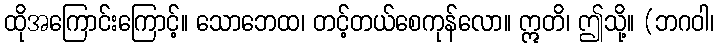
ထိုအကြောင်းကြောင့်။ သောဘေထ၊ တင့်တယ်စေကုန်လော။ ဣတိ၊ ဤသို့။ (ဘဂဝါ၊